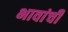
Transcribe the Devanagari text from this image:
भावांची